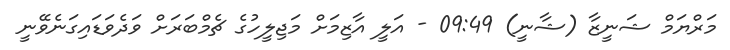
މަރްޔަމް ޝަނީޒާ (ޝާނީ) 09:49 - އަލީ އާޒިމަށް މަޖިލީހުގެ ޗެމްބަރަށް ވަދެވަޑައިގަނެވޭނީ